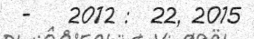
-    2012 :  22